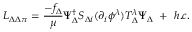
{ \cal L } _ { \Delta \Delta \pi } = \frac { - f _ { \Delta } } { \mu } \Psi _ { \Delta } ^ { \dagger } S _ { \Delta i } ( \partial _ { i } \phi ^ { \lambda } ) T _ { \Delta } ^ { \lambda } \Psi _ { \Delta } \ + \ h . c .